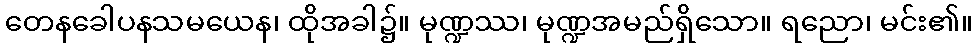
တေနခေါပနသမယေန၊ ထိုအခါ၌။ မုဏ္ဍဿ၊ မုဏ္ဍအမည်ရှိသော။ ရညော၊ မင်း၏။